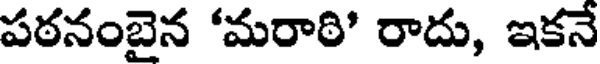
పఠనంబైన 'మరాఠి' రాదు, ఇకనే